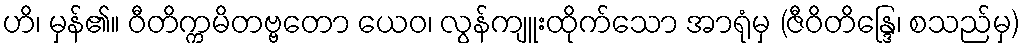
ဟိ၊ မှန်၏။ ဝီတိက္ကမိတဗ္ဗတော ယေဝ၊ လွန်ကျူးထိုက်သော အာရုံမှ (ဇီဝိတိန္ဒြေ၊ စသည်မှ)